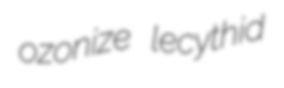
ozonize lecythid